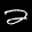
Label: 2